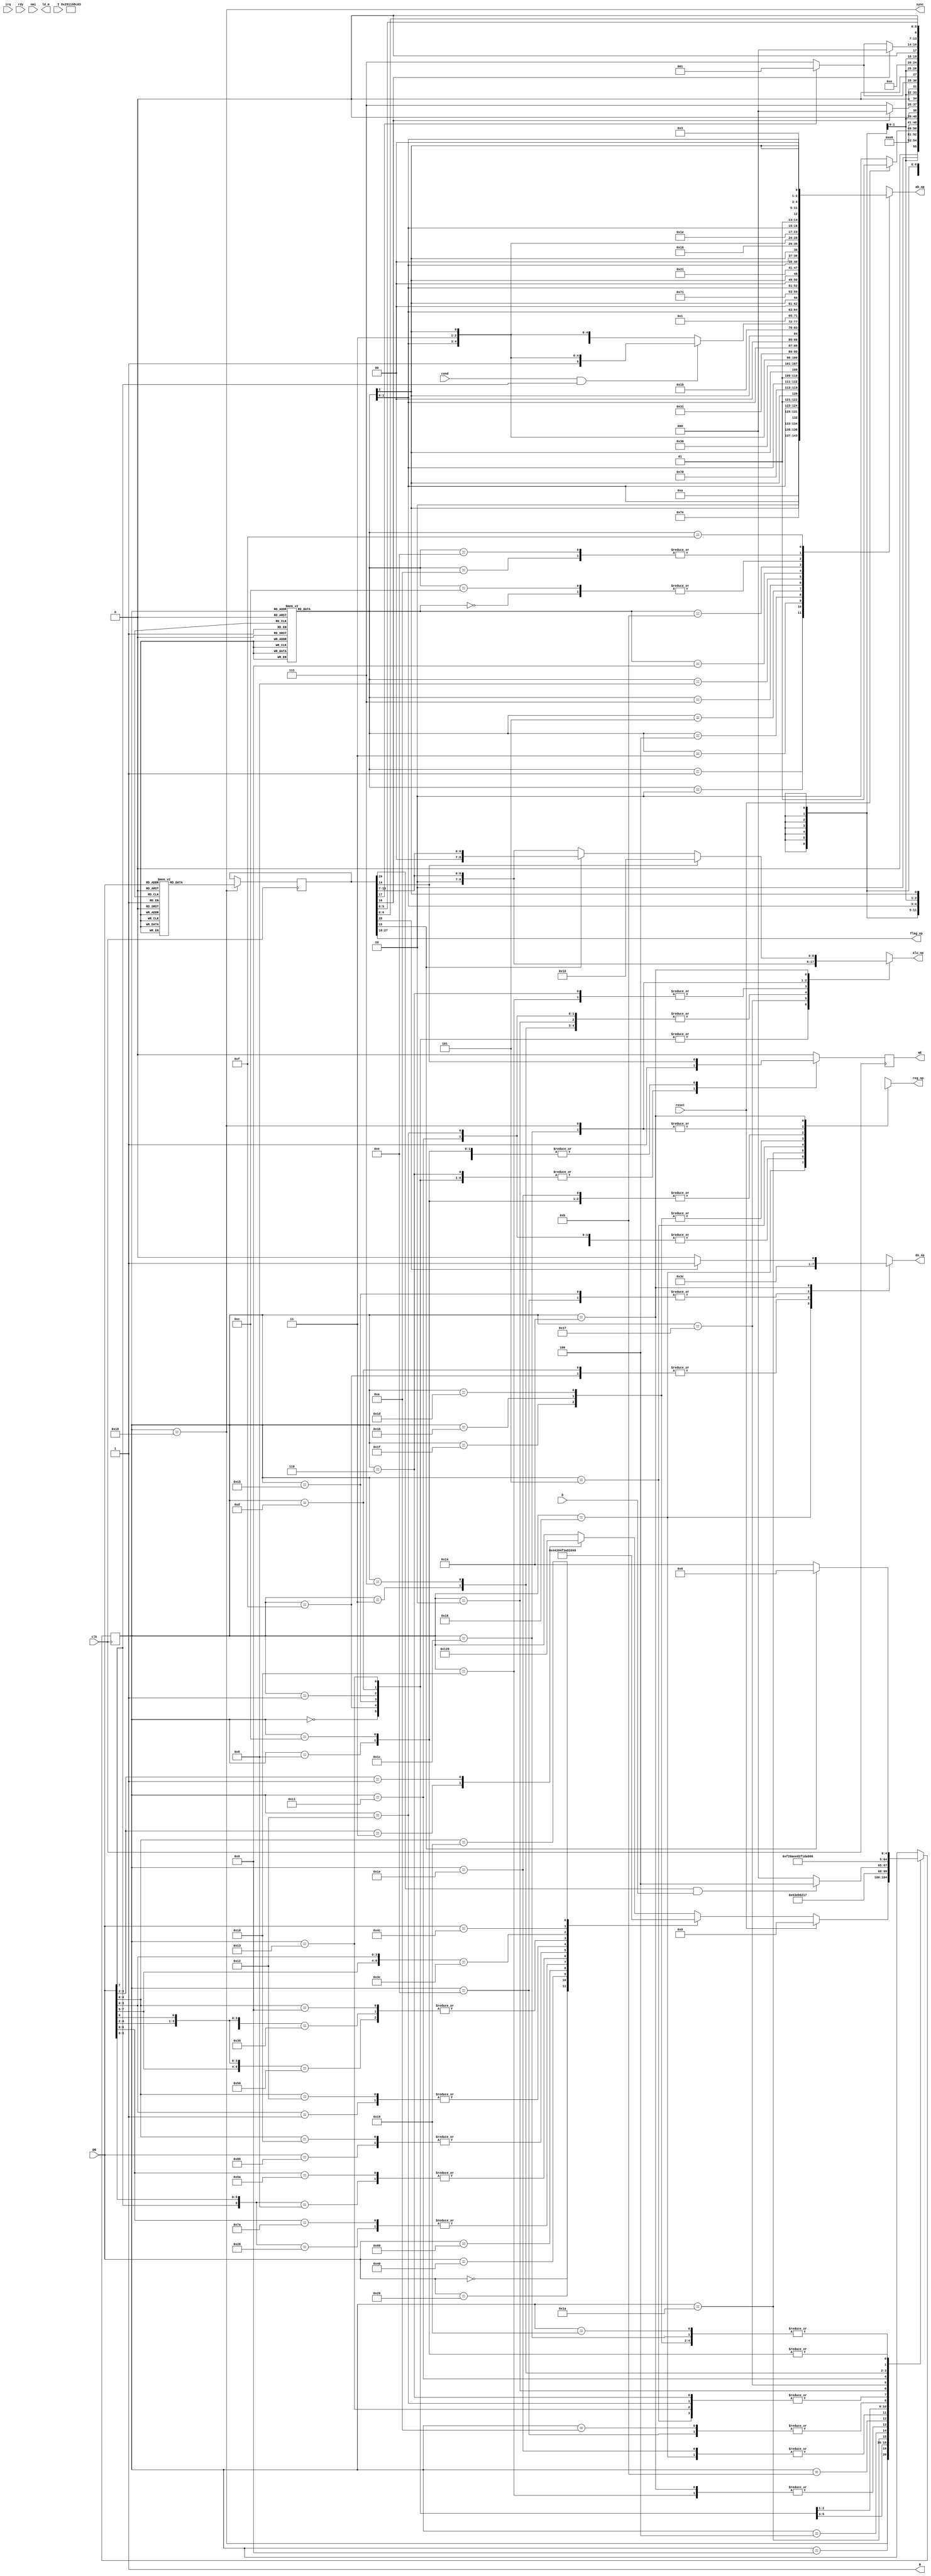
/*
 * generate control signals for 65C02 core.
 *
 * (C) Arlet Ottens <arlet@c-scape.nl>
 */

module ctl(
    input clk,
    input irq,
    input rdy,
    input nmi,
    input reset,
    output sync,
    input cond,
    input [7:0] DB,
    output reg WE,
    output [9:0] flag_op,
    output reg [8:0] alu_op,
    output reg [6:0] reg_op,
    output reg [1:0] do_op,
    output ld_m,
    input I,
    input D,
    output B,
    output reg [11:0] ab_op );

reg [29:0] control;

/*
 * The NMI signal is edge sensitive. Detect edge,
 * register it in 'take_nmi', and clear it at 
 * the next sync pulse, when the NMI is actually
 * taken.
 */
reg nmi1;
reg take_nmi;

always @(posedge clk)
    nmi1 <= nmi;

always @(posedge clk)
    if( nmi & ~nmi1 )
        take_nmi <= 1;
    else if( sync & rdy )
        take_nmi <= 0;

/*
 * take irq when 'irq' is present and not disabled.
 * (priority of irq/nmi will be decided in 'sel_pc' mux)
 */
wire take_irq = irq & ~I;

assign B = 1;

reg [3:0] mode;

/*
 * The 4 'mode' bits control the AB datapath. The AB datapath (ABL+ABH) 
 * require a total of 12 control signals, but there are only 15 unique
 * and useful combinations, listed in the table below.
 *
 * The "PC" (consisting of PCH and PCL) is not really the "Program Counter"
 * but simply a holding register for when AB needs to access data. It can
 * either keep the old value, or load it with AB, optionally incremented.
 *
 * The "AHL" is the hold register that stores DB for the next cycle, to be
 * used whenever a 16 bit address appears on the bus. 
 *
 * In case of a branch (mode 0111), the ABL module chooses between DB/00 
 * offset based on its own condition code inputs. The choice for FF/00 
 * for ABH is done here.
 *
 * mode |   PC   | AHL  | AB
 * -----+--------+------+------
 * 0000 |  keep  |  DB  | keep
 * 0001 |  keep  | keep | PC
 * 0010 | AB + 1 |  DB  | {DB, AHL + XYZ} 
 * 0011 | AB + 1 |  DB  | {00, DB  + XYZ} 
 * 0100 |   AB   |  DB  | AB + 1 
 * 0101 |   AB   |  DB  | {01, SP + 1}
 * 0111 |   AB   |  DB  | AB + { FF, DB } + 1   (if backward branch taken) 
 * 0111 |   AB   |  DB  | AB + { 00, DB } + 1   (if forward branch taken)
 * 0111 |   AB   |  DB  | AB + { 00, 00 } + 1   (if branch not taken)
 * 1000 |  keep  | keep | {01, SP} 
 * 1001 | AB + 1 |  DB  | {01, SP}
 * 1010 |  keep  |  DB  | {DB, AHL + XYZ}
 * 1011 |   AB   | keep | {01, SP}
 * 1100 |  keep  |  DB  | AB + 1
 * 1110 |  keep  |  DB  | {DB, AHL + XYZ} + 1
 * 1111 |  keep  | keep | { FF, VECTOR } + 1
 *  |||
 *  |++----> mode bits [1:0] go directly into ABL mux selection
 *  |
 *  +------> mode bit [2] goes directly into ABL carry input
 */

wire abl_ci = mode[2];
wire [1:0] abl_sel = mode[1:0];
wire back = cond & DB[7];     // doing backwards branch 

always @(*)
    case( mode )              //             IPH_ABH____________ABL OP
        4'b0000:                ab_op = { 7'b001_0110, abl_sel, 2'b11, abl_ci };  // AB + 0
        4'b0001:                ab_op = { 7'b000_1010, abl_sel, 2'b10, abl_ci };  // PC
        4'b0010:                ab_op = { 7'b111_1110, abl_sel, 2'b01, abl_ci };  // {DB, AHL+REG}, store PC
        4'b0011:                ab_op = { 7'b111_0000, abl_sel, 2'b01, abl_ci };  // {00, DB+REG}
        4'b0100:                ab_op = { 7'b011_0110, abl_sel, 2'b11, abl_ci };  // AB + 1, store PC
        4'b0101:                ab_op = { 7'b011_0001, abl_sel, 2'b00, abl_ci };  // {01, SP+1}
        4'b0111: if( back )     ab_op = { 7'b011_0111, abl_sel, 2'b11, abl_ci };  // {AB-1, AB} + DB + 1
                 else           ab_op = { 7'b011_0110, abl_sel, 2'b11, abl_ci };  // AB + 1
        4'b1000:                ab_op = { 7'b000_0001, abl_sel, 2'b00, abl_ci };  // {01, SP}, keep PC
        4'b1001:                ab_op = { 7'b111_0001, abl_sel, 2'b00, abl_ci };  // {01, SP}, store PC+1
        4'b1010:                ab_op = { 7'b001_1110, abl_sel, 2'b01, abl_ci };  // {DB, AHL+REG}, keep PC
        4'b1011:                ab_op = { 7'b010_0001, abl_sel, 2'b00, abl_ci };  // {01, SP}
        4'b1100:                ab_op = { 7'b001_0110, abl_sel, 2'b11, abl_ci };  // AB+1, keep PC
        4'b1110:                ab_op = { 7'b001_1110, abl_sel, 2'b01, abl_ci };  // {DB, AHL+REG} + 1, keep PC
        4'b1111:                ab_op = { 7'b000_0011, abl_sel, 2'b00, abl_ci };  // {FF, REG} + 1
        default:                ab_op = { 7'bxxx_xxxx, abl_sel, 2'bxx, abl_ci };  // avoid latches
    endcase

/*
 * control state machine
 */
parameter
    BRK0  = 5'b00000,           // DEC
    JSR0  = 5'b00001,           // DEC
    RTI0  = 5'b00010,           // DEC
    RTS0  = 5'b00011,           // DEC
    IDX1  = 5'b00100,
    IDX2  = 5'b00101,
    RDWR  = 5'b00110,
    RTS1  = 5'b00111,

    ZERO  = 5'b01000,           // DEC  RMW
    ABS0  = 5'b01001,           // DEC
    JMP0  = 5'b01010,           // DEC
    IND0  = 5'b01011,           // DEC
    ABS1  = 5'b01100,           //      RMW
    JSR1  = 5'b01101,
    JSR2  = 5'b01110,
    BRK1  = 5'b01111,

    IMM0  = 5'b10000,           // DEC  BCD
    RTI2  = 5'b10001,           // 
    PULL  = 5'b10010,           // DEC
    PUSH  = 5'b10011,           // DEC
    DATA  = 5'b10100,           //      BCD 
    BRK2  = 5'b10101,
    BRK3  = 5'b10110,
    RTI1  = 5'b10111,

    SYNC  = 5'b11000,           // DEC
    COND  = 5'b11001,           // DEC
    IDX0  = 5'b11010,           // DEC
    RTI3  = 5'b11011,
    ABCD  = 5'b11100,
    JMP1  = 5'b11101,
    IND1  = 5'b11110,
    RTS2  = 5'b11111;             

reg [4:0] state = SYNC;

assign sync = (state == SYNC);

/* 
 * loose state flops
 */
wire [3:0] src = control[3:0];
wire [1:0] dst = control[5:4];
wire ld = control[6];
wire [6:0] alu = control[13:7];
wire st = control[14];
wire rmw = control[15];
wire add_x = control[16];
wire add_y = control[17];
assign flag_op = control[27:18];
wire php = control[28];
wire bcd = control[29] & D;

/*
 * write enable 
 */
always @(posedge clk)
    case( state )
        BRK0:    WE <= 1;
        BRK1:    WE <= 1;
        BRK2:    WE <= 1;
        JSR0:    WE <= 1;
        JSR1:    WE <= 1;
        PUSH:    WE <= 1;
        RDWR:    WE <= 1;
        ABS1:    WE <= st;
        ZERO:    WE <= st;
        IDX2:    WE <= st;
        default: WE <= 0;
    endcase

/*
 * data output select
 * 
 * 00 ALU
 * 01 P
 * 10 PCL
 * 11 PCH
 */
always @(*)
    case( state )
        BRK1:             do_op = 2'b11;
        BRK2:             do_op = 2'b10;
        BRK3:             do_op = 2'b01;
        JSR1:             do_op = 2'b11;
        JSR2:             do_op = 2'b10;
        DATA:   if( php ) do_op = 2'b01; 
                else      do_op = 2'b00;
     default:             do_op = 2'bxx;
    endcase

/*
 * register operation
 *
 *   6   5   4   3   2   1   0
 * +---+---+---+---+---+---+---+
 * | W |  dst  |      src      |
 * +---+---+---+---+---+---+---+
 */
always @(*)
    case( state )
        BRK0:                  reg_op = 7'b1_11_0011;       // S
        BRK1:                  reg_op = 7'b1_11_0011;       // S
        BRK2:                  reg_op = 7'b1_11_0011;       // S
        BRK3: if( reset )      reg_op = 7'b0_xx_1001;       // RST vector
              else             reg_op = 7'b0_xx_1010;       // BRK vector
        JSR0:                  reg_op = 7'b1_11_0011;       // S
        JSR1:                  reg_op = 7'b1_11_0011;       // S
        RTS0:                  reg_op = 7'b1_11_0011;       // S
        RTS1:                  reg_op = 7'b1_11_0011;       // S
        RTS2:                  reg_op = 7'b0_xx_0111;       // Z
        RTI0:                  reg_op = 7'b1_11_0011;       // S
        RTI1:                  reg_op = 7'b1_11_0011;       // S
        RTI2:                  reg_op = 7'b1_11_0011;       // S
        RTI3:                  reg_op = 7'b0_xx_0111;       // Z
        PUSH:                  reg_op = 7'b1_11_0011;       // S
        PULL:                  reg_op = 7'b1_11_0011;       // S
        IDX0: if( add_x )      reg_op = 7'b0_xx_0000;       // X
              else             reg_op = 7'b0_xx_0111;       // Z
        IDX2: if( add_y )      reg_op = 7'b0_xx_0001;       // Y
              else             reg_op = 7'b0_xx_0111;       // Z
        ZERO: if( add_x )      reg_op = 7'b0_xx_0000;       // X
              else if( add_y ) reg_op = 7'b0_xx_0001;       // Y
              else             reg_op = 7'b0_xx_0111;       // Z
        JMP1:                  reg_op = 7'b0_xx_0111;       // Z
        IND1,
        ABS1: if( add_x )      reg_op = 7'b0_xx_0000;       // X
              else if( add_y ) reg_op = 7'b0_xx_0001;       // Y
              else             reg_op = 7'b0_xx_0111;       // Z
        SYNC:                  reg_op = { ld, dst, src };   // dst <= src <op> M
        ABCD:                  reg_op = { ld, dst, src };   // 
        DATA:                  reg_op = { 1'b0, dst, src }; // store
     default:                  reg_op = 7'bx_xx_xxxx;       // 
    endcase

/*
 * ALU operation
 *
 * shift           add
 * -----         --------
 *  10 left      000 OR 
 *  11 right     001 AND
 *               010 XOR
 * carry         011 ADD
 * -----         100 INC
 *  01 1         101 DEC
 *  10 ROT       110 SUB
 *  11 ADC       111 TRB
 *
 *   8   7   6   5   4   3   2   1   0
 * +---+---+---+---+---+---+---+---+---+
 * |ldm|bcd| shift |    add    | carry |
 * +---+---+---+---+---+---+---+---+---+
 */
always @(*)
    case( state )
        BRK0:                   alu_op = 9'b00_00_101_00;           // - 1 
        BRK1:                   alu_op = 9'b00_00_101_00;           // - 1 
        BRK2:                   alu_op = 9'b00_00_101_00;           // - 1 
        JSR0:                   alu_op = 9'b00_00_101_00;           // - 1 
        JSR1:                   alu_op = 9'b00_00_101_00;           // - 1 
        PUSH:                   alu_op = 9'b00_00_101_00;           // - 1
        RTS0:                   alu_op = 9'b00_00_100_01;           // + 1 
        RTS1:                   alu_op = 9'b00_00_100_01;           // + 1 
        RTI0:                   alu_op = 9'b00_00_100_01;           // + 1
        RTI1:                   alu_op = 9'b10_00_100_01;           // + 1
        RTI2:                   alu_op = 9'b00_00_100_01;           // + 1
        PULL:                   alu_op = 9'b00_00_100_01;           // + 1
        IMM0:                   alu_op = 9'b10_00_000_00;           // load M
        RDWR:                   alu_op = 9'b10_00_000_00;           //   
        ABCD:                   alu_op = { 9'b11, alu };            // load BCD adjust 
        SYNC:                   alu_op = { 2'b10, alu };            // perform ALU operation
        DATA:    if( st )       alu_op = 9'b00_00_100_00;           // store to M 
                 else if( rmw ) alu_op = { 2'b00, alu };            // RMW
                 else           alu_op = { 2'b10, alu };            // load
        default:                alu_op = 9'bxx_xx_xxx_xx;   
    endcase

always @(*)
    case( state )
        ABCD:   mode = 0;
        ABS0:   mode = 4;
        ABS1:   mode = 2;
        BRK0:   mode = 9;
        BRK1:   mode = 8;
        BRK2:   mode = 8;
        BRK3:   mode = 15;
        COND:   mode = 7;
        DATA:   mode = 1;
        IDX0:   mode = 3;
        IDX1:   mode = 12;
        IDX2:   mode = 10;
        IMM0:   mode = 4;
        IND0:   mode = 4;
        IND1:   mode = 2;
        JMP0:   mode = 4;
        JMP1:   mode = 2;
        JSR0:   mode = 9;
        JSR1:   mode = 8;
        JSR2:   mode = 1;
        PULL:   mode = 5;
        PUSH:   mode = 11;
        RDWR:   mode = 0;
        RTI0:   mode = 5;
        RTI1:   mode = 5;
        RTI2:   mode = 5;
        RTI3:   mode = 2;
        RTS0:   mode = 5;
        RTS1:   mode = 5;
        RTS2:   mode = 14;
        SYNC:   mode = 4;
        ZERO:   mode = 3;
    endcase

/*
 * B    = BCD adjust
 * P    = PHP
 * YX   = Y or X index used
 * M    = Read-Modify-Write
 * <>   = left/right shift
 * ADD  = ALU adder operation
 * CI   = ALU carry in
 * W    = write ALU to register
 * DR   = destination register
 * SRCR = source register
 */

always @(posedge clk)
    if( sync )
        case( DB )
                               //  BP flags ops  YX MS <> ADD CI W DR SRCR
             8'h00: control <= 30'bx0_0001100000_00_x0_xx_xxx_xx_0_xx_xxxx; // BRK
             8'h01: control <= 30'b00_1000011000_01_x0_00_000_00_1_10_0010; // ORA (ZP,X)
             8'h04: control <= 30'bx0_1000000000_00_10_00_000_00_0_xx_0010; // TSB ZP
             8'h05: control <= 30'b00_1000011000_00_00_00_000_00_1_10_0010; // ORA ZP
             8'h06: control <= 30'bx0_1000011011_00_10_10_000_00_0_xx_0111; // ASL ZP
             8'h08: control <= 30'bx1_0000000000_xx_x0_xx_xxx_xx_0_xx_xxxx; // PHP
             8'h09: control <= 30'b00_1000011000_xx_x0_00_000_00_1_10_0010; // ORA #IMM
             8'h0A: control <= 30'bx0_1000011011_xx_x0_10_100_00_1_10_0010; // ASL A
             8'h0C: control <= 30'b00_1000000000_00_10_00_000_00_0_xx_0010; // TSB ABS
             8'h0D: control <= 30'b00_1000011000_00_00_00_000_00_1_10_0010; // ORA ABS
             8'h0E: control <= 30'b00_1000011011_00_10_10_000_00_0_xx_0111; // ASL ABS
             8'h10: control <= 30'bx0_0000000000_xx_x0_xx_xxx_xx_0_xx_xxxx; // BPL
             8'h11: control <= 30'b00_1000011000_10_x0_00_000_00_1_10_0010; // ORA (ZP),Y
             8'h12: control <= 30'b00_1000011000_00_x0_00_000_00_1_10_0010; // ORA (ZP)
             8'h14: control <= 30'b00_1000000000_00_10_00_111_00_0_xx_0010; // TRB ZP
             8'h15: control <= 30'b00_1000011000_01_00_00_000_00_1_10_0010; // ORA ZP,X
             8'h16: control <= 30'b00_1000011011_01_10_10_000_00_0_xx_0111; // ASL ZP,X
             8'h18: control <= 30'bx0_0000000011_xx_x0_00_000_00_0_xx_0111; // CLC
             8'h19: control <= 30'b00_1000011000_10_00_00_000_00_1_10_0010; // ORA ABS,Y
             8'h1A: control <= 30'bx0_1000011000_xx_x0_00_100_01_1_10_0010; // INC A
             8'h1C: control <= 30'b00_1000000000_00_10_00_111_00_0_xx_0010; // TRB ABS
             8'h1D: control <= 30'b00_1000011000_01_00_00_000_00_1_10_0010; // ORA ABS,X
             8'h1E: control <= 30'b00_1000011011_01_10_10_000_00_0_xx_0111; // ASL ABS,X
             8'h20: control <= 30'bx0_0000000000_xx_00_xx_xxx_xx_0_xx_xxxx; // JSR
             8'h21: control <= 30'b00_1000011000_01_x0_00_001_00_1_10_0010; // AND (ZP,X)
             8'h24: control <= 30'b00_1110001000_00_00_00_001_00_0_xx_0010; // BIT ZP
             8'h25: control <= 30'b00_1000011000_00_00_00_001_00_1_10_0010; // AND ZP
             8'h26: control <= 30'b00_1000011011_00_10_10_000_10_0_xx_0111; // ROL ZP
             8'h28: control <= 30'bx0_0110010111_xx_x0_11_011_00_0_xx_0111; // PLP
             8'h29: control <= 30'b00_1000011000_xx_x0_00_001_00_1_10_0010; // AND #IMM
             8'h2A: control <= 30'bx0_1000011011_xx_x0_10_100_10_1_10_0010; // ROL A
             8'h2C: control <= 30'b00_1110001000_00_00_00_001_00_0_xx_0010; // BIT ABS
             8'h2D: control <= 30'b00_1000011000_00_00_00_001_00_1_10_0010; // AND ABS
             8'h2E: control <= 30'b00_1000011011_00_10_10_000_10_0_xx_0111; // ROL ABS
             8'h30: control <= 30'bx0_0000000000_xx_x0_xx_xxx_xx_0_xx_xxxx; // BMI
             8'h31: control <= 30'b00_1000011000_10_x0_00_001_00_1_10_0010; // AND (ZP),Y
             8'h32: control <= 30'b00_1000011000_00_x0_00_001_00_1_10_0010; // AND (ZP)
             8'h34: control <= 30'b00_1110001000_01_00_00_001_00_0_xx_0010; // BIT ZP,X
             8'h35: control <= 30'b00_1000011000_01_00_00_001_00_1_10_0010; // AND ZP,X
             8'h36: control <= 30'b00_1000011011_01_10_10_000_10_0_xx_0111; // ROL ZP,X
             8'h38: control <= 30'bx0_0000000011_xx_x0_00_101_01_0_xx_0111; // SEC
             8'h39: control <= 30'b00_1000011000_10_00_00_001_00_1_10_0010; // AND ABS,Y
             8'h3A: control <= 30'bx0_1000011000_xx_x0_00_101_00_1_10_0010; // DEC A
             8'h3C: control <= 30'b00_1110001000_01_00_00_001_00_0_xx_0010; // BIT ABS,X
             8'h3D: control <= 30'b00_1000011000_01_00_00_001_00_1_10_0010; // AND ABS,X
             8'h3E: control <= 30'b00_1000011011_01_10_10_000_10_0_xx_0111; // ROL ABS,X
             8'h40: control <= 30'bx0_0110010111_xx_x0_11_011_00_0_xx_0111; // RTI
             8'h41: control <= 30'b00_1000011000_01_x0_00_010_00_1_10_0010; // EOR (ZP,X)
             8'h45: control <= 30'b00_1000011000_00_00_00_010_00_1_10_0010; // EOR ZP
             8'h46: control <= 30'b00_1000011011_00_10_11_000_00_0_xx_0111; // LSR ZP
             8'h48: control <= 30'bx0_0000000000_xx_x0_00_100_00_0_xx_0010; // PHA
             8'h49: control <= 30'b00_1000011000_xx_x0_00_010_00_1_10_0010; // EOR #IMM
             8'h4A: control <= 30'bx0_1000011011_xx_00_11_100_00_1_10_0010; // LSR A
             8'h4C: control <= 30'bx0_0000000000_xx_x0_xx_xxx_xx_0_xx_xxxx; // JMP
             8'h4D: control <= 30'b00_1000011000_00_00_00_010_00_1_10_0010; // EOR ABS
             8'h4E: control <= 30'b00_1000011011_00_10_11_000_00_0_xx_0111; // LSR ABS
             8'h50: control <= 30'bx0_0000000000_xx_x0_xx_xxx_xx_0_xx_xxxx; // BVC
             8'h51: control <= 30'b00_1000011000_10_x0_00_010_00_1_10_0010; // EOR (ZP),Y
             8'h52: control <= 30'b00_1000011000_00_x0_00_010_00_1_10_0010; // EOR (ZP)
             8'h55: control <= 30'b00_1000011000_01_00_00_010_00_1_10_0010; // EOR ZP,X
             8'h56: control <= 30'b00_1000011011_01_10_11_000_00_0_xx_0111; // LSR ZP,X
             8'h58: control <= 30'bx0_0000100000_xx_x0_00_000_00_0_xx_xxxx; // CLI
             8'h59: control <= 30'b00_1000011000_10_00_00_010_00_1_10_0010; // EOR ABS,Y
             8'h5A: control <= 30'bx0_0000000000_xx_x0_00_100_00_0_xx_0001; // PHY
             8'h5D: control <= 30'b00_1000011000_01_00_00_010_00_1_10_0010; // EOR ABS,X
             8'h5E: control <= 30'b00_1000011011_01_10_11_000_00_0_xx_0111; // LSR ABS,X
             8'h60: control <= 30'bx0_0000000000_xx_x0_xx_xxx_xx_0_xx_xxxx; // RTS
             8'h61: control <= 30'b10_1010011011_01_x0_00_011_11_1_10_0010; // ADC (ZP,X)
             8'h64: control <= 30'b00_0000000000_00_01_00_000_00_0_xx_0111; // STZ ZP
             8'h65: control <= 30'b10_1010011011_00_00_00_011_11_1_10_0010; // ADC ZP
             8'h66: control <= 30'b00_1000011011_00_10_11_000_10_0_xx_0111; // ROR ZP
             8'h68: control <= 30'bx0_1000011000_xx_x0_00_000_00_1_10_0111; // PLA
             8'h69: control <= 30'b10_1010011011_xx_x0_00_011_11_1_10_0010; // ADC #IMM
             8'h6A: control <= 30'b00_1000011011_xx_x0_11_100_10_1_10_0010; // ROR A
             8'h6C: control <= 30'bx0_0000000000_xx_x0_00_xxx_xx_0_xx_xxxx; // JMP (IDX)
             8'h6D: control <= 30'b10_1010011011_00_00_00_011_11_1_10_0010; // ADC ABS
             8'h6E: control <= 30'b00_1000011011_00_10_11_000_10_0_xx_0111; // ROR ABS
             8'h70: control <= 30'bx0_0000000000_xx_x0_xx_xxx_xx_0_xx_xxxx; // BVS
             8'h71: control <= 30'b10_1010011011_10_x0_00_011_11_1_10_0010; // ADC (ZP),Y
             8'h72: control <= 30'b10_1010011011_00_x0_00_011_11_1_10_0010; // ADC (ZP)
             8'h74: control <= 30'b00_0000000000_01_01_00_000_00_0_xx_0111; // STZ ZP,X
             8'h75: control <= 30'b10_1010011011_01_00_00_011_11_1_10_0010; // ADC ZP,X
             8'h76: control <= 30'b00_1000011011_01_10_11_000_10_0_xx_0111; // ROR ZP,X
             8'h78: control <= 30'bx0_0000100000_xx_x0_xx_xxx_xx_0_xx_xxxx; // SEI
             8'h79: control <= 30'b10_1010011011_10_00_00_011_11_1_10_0010; // ADC ABS,Y
             8'h7A: control <= 30'bx0_1000011000_xx_x0_00_000_00_1_01_0111; // PLY
             8'h7C: control <= 30'bx0_0000000000_01_x0_01_xxx_xx_0_xx_xxxx; // JMP (IDX,X)
             8'h7D: control <= 30'b10_1010011011_01_00_00_011_11_1_10_0010; // ADC ABS,X
             8'h7E: control <= 30'b00_1000011011_01_10_11_000_10_0_xx_0111; // ROR ABS,X
             8'h80: control <= 30'bx0_0000000000_xx_x0_xx_xxx_xx_0_xx_xxxx; // BRA
             8'h81: control <= 30'b00_0000000000_01_x1_00_100_00_0_xx_0010; // STA (ZP,X)
             8'h84: control <= 30'b00_0000000000_00_01_00_100_00_0_xx_0001; // STY ZP
             8'h85: control <= 30'b00_0000000000_00_01_00_100_00_0_xx_0010; // STA ZP
             8'h86: control <= 30'b00_0000000000_00_01_00_100_00_0_xx_0000; // STX ZP
             8'h88: control <= 30'bx0_1000011000_xx_x0_00_101_00_1_01_0001; // DEY
             8'h89: control <= 30'b00_1100000000_xx_x0_00_001_00_0_xx_0010; // BIT #IMM
             8'h8A: control <= 30'bx0_1000011000_xx_x0_00_100_00_1_10_0000; // TXA
             8'h8C: control <= 30'b00_0000000000_00_01_00_100_00_0_xx_0001; // STY ABS
             8'h8D: control <= 30'b00_0000000000_00_01_00_100_00_0_xx_0010; // STA ABS
             8'h8E: control <= 30'b00_0000000000_00_01_00_100_00_0_xx_0000; // STX ABS
             8'h90: control <= 30'bx0_0000000000_xx_x0_xx_xxx_xx_0_xx_xxxx; // BCC
             8'h91: control <= 30'b00_0000000000_10_x1_00_100_00_0_xx_0010; // STA (ZP),Y
             8'h92: control <= 30'b00_0000000000_00_x1_00_100_00_0_xx_0010; // STA (ZP)
             8'h94: control <= 30'b00_0000000000_01_01_00_100_00_0_xx_0001; // STY ZP,X
             8'h95: control <= 30'b00_0000000000_01_01_00_100_00_0_xx_0010; // STA ZP,X
             8'h96: control <= 30'b00_0000000000_10_01_00_100_00_0_xx_0000; // STX ZP,Y
             8'h98: control <= 30'bx0_1000011000_xx_x0_00_100_00_1_10_0001; // TYA
             8'h99: control <= 30'b00_0000000000_10_01_00_100_00_0_xx_0010; // STA ABS,Y
             8'h9A: control <= 30'bx0_0000000000_xx_x0_00_100_00_1_11_0000; // TXS
             8'h9C: control <= 30'b00_0000000000_00_01_00_100_00_0_xx_0111; // STZ ABS
             8'h9D: control <= 30'b00_0000000000_01_01_00_100_00_0_xx_0010; // STA ABS,X
             8'h9E: control <= 30'b00_0000000000_01_01_00_100_00_0_xx_0111; // STZ ABS,X
             8'hA0: control <= 30'b00_1000011000_xx_x0_00_000_00_1_01_0111; // LDY #IMM
             8'hA1: control <= 30'b00_1000011000_01_x0_00_000_00_1_10_0111; // LDA (ZP,X)
             8'hA2: control <= 30'bx0_1000011000_xx_x0_00_000_00_1_00_0111; // LDX #IMM
             8'hA4: control <= 30'bx0_1000011000_00_00_00_000_00_1_01_0111; // LDY ZP
             8'hA5: control <= 30'b00_1000011000_00_00_00_000_00_1_10_0111; // LDA ZP
             8'hA6: control <= 30'b00_1000011000_00_00_00_000_00_1_00_0111; // LDX ZP
             8'hA8: control <= 30'bx0_1000011000_xx_x0_00_100_00_1_01_0010; // TAY
             8'hA9: control <= 30'b00_1000011000_xx_x0_00_000_00_1_10_0111; // LDA #IMM
             8'hAA: control <= 30'bx0_1000011000_xx_x0_00_100_00_1_00_0010; // TAX
             8'hAC: control <= 30'b00_1000011000_00_00_00_000_00_1_01_0111; // LDY ABS
             8'hAD: control <= 30'b00_1000011000_00_00_00_000_00_1_10_0111; // LDA ABS
             8'hAE: control <= 30'b00_1000011000_00_00_00_000_00_1_00_0111; // LDX ABS
             8'hB0: control <= 30'bx0_0000000000_xx_x0_xx_xxx_xx_0_xx_xxxx; // BCS
             8'hB1: control <= 30'b00_1000011000_10_x0_00_000_00_1_10_0111; // LDA (ZP),Y
             8'hB2: control <= 30'b00_1000011000_00_x0_00_000_00_1_10_0111; // LDA (ZP)
             8'hB4: control <= 30'b00_1000011000_01_00_00_000_00_1_01_0111; // LDY ZP,X
             8'hB5: control <= 30'b00_1000011000_01_00_00_000_00_1_10_0111; // LDA ZP,X
             8'hB6: control <= 30'b00_1000011000_10_00_00_000_00_1_00_0111; // LDX ZP,Y
             8'hB8: control <= 30'bx0_0010000000_xx_x0_00_000_00_0_xx_0111; // CLV
             8'hB9: control <= 30'b00_1000011000_10_00_00_000_00_1_10_0111; // LDA ABS,Y
             8'hBA: control <= 30'bx0_1000011000_xx_x0_00_100_00_1_00_0011; // TSX
             8'hBC: control <= 30'b00_1000011000_01_00_00_000_00_1_01_0111; // LDY ABS,X
             8'hBD: control <= 30'b00_1000011000_01_00_00_000_00_1_10_0111; // LDA ABS,X
             8'hBE: control <= 30'b00_1000011000_10_00_00_000_00_1_00_0111; // LDX ABS,Y
             8'hC0: control <= 30'b00_1000011011_xx_x0_00_110_01_0_xx_0001; // CPY #IMM
             8'hC1: control <= 30'b00_1000011011_01_x0_00_110_01_0_xx_0010; // CMP (ZP,X)
             8'hC4: control <= 30'b00_1000011011_00_00_00_110_01_0_xx_0001; // CPY ZP
             8'hC5: control <= 30'b00_1000011011_00_00_00_110_01_0_xx_0010; // CMP ZP
             8'hC6: control <= 30'b00_1000011000_00_10_00_011_00_0_xx_0110; // DEC ZP
             8'hC8: control <= 30'bx0_1000011000_xx_x0_00_100_01_1_01_0001; // INY
             8'hC9: control <= 30'b00_1000011011_xx_x0_00_110_01_0_xx_0010; // CMP #IMM
             8'hCA: control <= 30'bx0_1000011000_xx_x0_00_101_00_1_00_0000; // DEX
             8'hCC: control <= 30'b00_1000011011_00_00_00_110_01_0_xx_0001; // CPY ABS
             8'hCD: control <= 30'b00_1000011011_00_00_00_110_01_0_xx_0010; // CMP ABS
             8'hCE: control <= 30'b00_1000011000_00_10_00_011_00_0_xx_0110; // DEC ABS
             8'hD0: control <= 30'bx0_0000000000_xx_x0_xx_xxx_xx_0_xx_xxxx; // BNE
             8'hD1: control <= 30'b00_1000011011_10_x0_00_110_01_0_xx_0010; // CMP (ZP),Y
             8'hD2: control <= 30'b00_1000011011_00_x0_00_110_01_0_xx_0010; // CMP (ZP)
             8'hD5: control <= 30'b00_1000011011_01_00_00_110_01_0_xx_0010; // CMP ZP,X
             8'hD6: control <= 30'b00_1000011000_01_10_00_011_00_0_xx_0110; // DEC ZP,X
             8'hD8: control <= 30'bx0_0001000000_xx_x0_xx_xxx_xx_0_xx_xxxx; // CLD
             8'hD9: control <= 30'b00_1000011011_10_00_00_110_01_0_xx_0010; // CMP ABS,Y
             8'hDA: control <= 30'bx0_0000000000_xx_x0_00_100_00_0_xx_0000; // PHX
             8'hDD: control <= 30'b00_1000011011_01_00_00_110_01_0_xx_0010; // CMP ABS,X
             8'hDE: control <= 30'b00_1000011000_01_10_00_011_00_0_xx_0110; // DEC ABS,X
             8'hE0: control <= 30'b00_1000011011_xx_x0_00_110_01_0_xx_0000; // CPX #IMM
             8'hE1: control <= 30'b10_1010011011_01_x0_00_110_11_1_10_0010; // SBC (ZP,X)
             8'hE4: control <= 30'b00_1000011011_00_00_00_110_01_0_xx_0000; // CPX ZP
             8'hE5: control <= 30'b10_1010011011_00_00_00_110_11_1_10_0010; // SBC ZP
             8'hE6: control <= 30'b00_1000011000_00_10_00_011_01_0_xx_0111; // INC ZP
             8'hE8: control <= 30'bx0_1000011000_xx_x0_00_100_01_1_00_0000; // INX
             8'hE9: control <= 30'b10_1010011011_xx_x0_00_110_11_1_10_0010; // SBC #IMM
             8'hEA: control <= 30'bx0_0000000000_xx_x0_xx_xxx_xx_0_xx_xxxx; // NOP
             8'hEC: control <= 30'b00_1000011011_00_00_00_110_01_0_xx_0000; // CPX ABS
             8'hED: control <= 30'b10_1010011011_00_00_00_110_11_1_10_0010; // SBC ABS
             8'hEE: control <= 30'b00_1000011000_00_10_00_011_01_0_xx_0111; // INC ABS
             8'hF0: control <= 30'bx0_0000000000_xx_x0_xx_xxx_xx_0_xx_xxxx; // BEQ
             8'hF1: control <= 30'b10_1010011011_10_x0_00_110_11_1_10_0010; // SBC (ZP),Y
             8'hF2: control <= 30'b10_1010011011_00_x0_00_110_11_1_10_0010; // SBC (ZP)
             8'hF5: control <= 30'b10_1010011011_01_00_00_110_11_1_10_0010; // SBC ZP,X
             8'hF6: control <= 30'bx0_1000011000_01_10_00_011_01_0_xx_0111; // INC ZP,X
             8'hF8: control <= 30'bx0_0001000000_xx_x0_xx_xxx_xx_0_xx_xxxx; // SED
             8'hF9: control <= 30'b10_1010011011_10_00_00_110_11_1_10_0010; // SBC ABS,Y
             8'hFA: control <= 30'bx0_1000011000_xx_x0_00_000_00_1_00_0111; // PLX
             8'hFD: control <= 30'b10_1010011011_01_00_00_110_11_1_10_0010; // SBC ABS,X
             8'hFE: control <= 30'b00_1000011000_01_10_00_011_01_0_xx_0111; // INC ABS,X
           default: control <= 30'bxx_xxxxxxxxxx_xx_xx_xx_xxx_xx_x_xx_xxxx;
        endcase

always @(posedge clk)
    case( state )
        SYNC:   
            if( reset )        state <= BRK0;   // RST 
            else casez( DB )
                8'b0000_0000:  state <= BRK0;   // BRK
                8'b0010_0000:  state <= JSR0;   // JSR
                8'b0100_0000:  state <= RTI0;   // RTI
                8'b0110_0000:  state <= RTS0;   // RTS
                8'b0?10_1000:  state <= PULL;   // PLA/PLP
                8'b?111_1010:  state <= PULL;   // PLX/PLY
                8'b0?00_1000:  state <= PUSH;   // PHA/PHP
                8'b?101_1010:  state <= PUSH;   // PHY/PHX
                8'b1000_0000:  state <= COND;   // BRA
                8'b???1_0000:  state <= COND;   // other branches
                8'b????_0001:  state <= IDX0;   // col 1 (ZP,X)/(ZP),Y
                8'b???1_0010:  state <= IDX0;   // col 2 odd (ZP)
                8'b1010_00?0:  state <= IMM0;   // LDY#/LDX# 
                8'b11?0_00?0:  state <= IMM0;   // CPX#/CPY# 
                8'b???0_1001:  state <= IMM0;   // col 9 even 
                8'b011?_1100:  state <= IND0;   // JMP (IND) 
                8'b0100_1100:  state <= JMP0;   // JMP ABS
                8'b???1_1001:  state <= ABS0;   // col 9 odd 
                8'b????_11??:  state <= ABS0;   // col c,d,e,f
                8'b????_01??:  state <= ZERO;   // col 4,5,6,7
            endcase
        ABS0:   state <= ABS1;
        ABS1:   state <= rmw ? RDWR : DATA;
        ABCD:   state <= SYNC;
        BRK0:   state <= BRK1;
        BRK1:   state <= BRK2;
        BRK2:   state <= BRK3;
        BRK3:   state <= JMP0;
        COND:   state <= SYNC;
        DATA:   state <= bcd ? ABCD : SYNC;
        IDX0:   state <= IDX1;
        IDX1:   state <= IDX2;      
        IDX2:   state <= DATA;
        IMM0:   state <= bcd ? ABCD : SYNC;
        IND0:   state <= IND1;
        IND1:   state <= JMP0;
        JMP0:   state <= JMP1;
        JMP1:   state <= SYNC;
        JSR0:   state <= JSR1;
        JSR1:   state <= JSR2;
        JSR2:   state <= JMP1;
        PULL:   state <= DATA;
        PUSH:   state <= DATA;
        RDWR:   state <= DATA;
        RTI0:   state <= RTI1;
        RTI1:   state <= RTI2;
        RTI2:   state <= RTI3;
        RTI3:   state <= SYNC;
        RTS0:   state <= RTS1;
        RTS1:   state <= RTS2;
        RTS2:   state <= SYNC; 
        ZERO:   state <= rmw ? RDWR : DATA;
    endcase

`ifdef SIM
reg [31:0] statename;

always @(*)
    case( state )
        SYNC: statename = "SYNC";
        DATA: statename = "DATA";
        IMM0: statename = "IMM0";
        DATA: statename = "DATA";
        IDX0: statename = "IDX0";
        IDX1: statename = "IDX1";
        IDX2: statename = "IDX2";
        IND0: statename = "IND0";
        IND1: statename = "IND1";
        ABS0: statename = "ABS0";
        ABS1: statename = "ABS1";
        PULL: statename = "PULL";
        PUSH: statename = "PUSH";
        ZERO: statename = "ZERO";
        RDWR: statename = "RDWR";
        RTS0: statename = "RTS0";
        RTS1: statename = "RTS1";
        RTS2: statename = "RTS2";
        JSR0: statename = "JSR0";
        JSR1: statename = "JSR1";
        JSR2: statename = "JSR2";
        JMP0: statename = "JMP0";
        JMP1: statename = "JMP1";
        BRK0: statename = "BRK0";
        BRK1: statename = "BRK1";
        BRK2: statename = "BRK2";
        BRK3: statename = "BRK3";
        RTI0: statename = "RTI0";
        RTI1: statename = "RTI1";
        RTI2: statename = "RTI2";
        RTI3: statename = "RTI3";
        COND: statename = "COND";
        ABCD: statename = "ABCD";
    endcase
`endif

endmodule